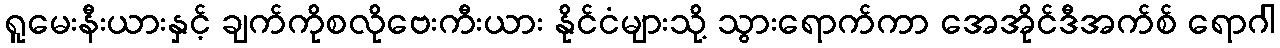
ရူမေးနီးယားနှင့် ချက်ကိုစလိုဗေးကီးယား နိုင်ငံများသို့ သွားရောက်ကာ အေအိုင်ဒီအက်စ် ရောဂါ